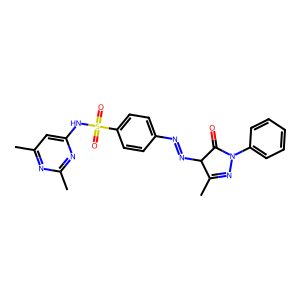
SMILES: CC1=NN(c2ccccc2)C(=O)C1N=Nc1ccc(S(=O)(=O)Nc2cc(C)nc(C)n2)cc1
Inhibits HIV replication: No